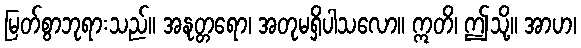
မြတ်စွာဘုရားသည်။ အနုတ္တရော၊ အတုမရှိပါသလော။ ဣတိ၊ ဤသို့။ အာဟ၊